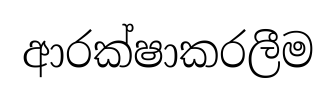
ආරක්ෂාකරලීම